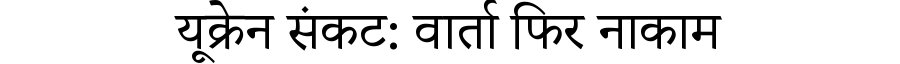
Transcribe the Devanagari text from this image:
यूक्रेन संकट: वार्ता फिर नाकाम